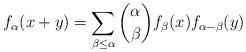
LaTeX: \begin{align*} f_{\alpha}(x+y)= \sum_{\beta\leq \alpha }\binom{\alpha}{\beta}f_{\beta}(x)f_{\alpha-\beta}(y) \end{align*}